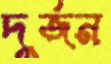
দুর্জন